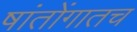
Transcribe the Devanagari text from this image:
षांतोंगातच